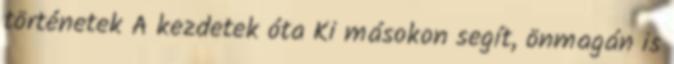
történetek A kezdetek óta Ki másokon segít, önmagán is